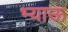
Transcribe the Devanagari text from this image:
भ्याऊ